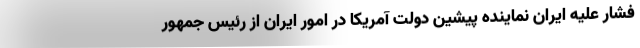
فشار علیه ایران نماینده پیشین دولت آمریکا در امور ایران از رئیس جمهور